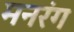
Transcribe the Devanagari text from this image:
मनरंग